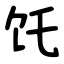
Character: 饦